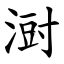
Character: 㴻